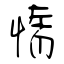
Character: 惰